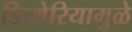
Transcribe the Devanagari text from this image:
डिप्थेरियामुळे